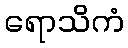
ရောသိကံ